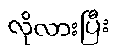
လိုလားပြီး